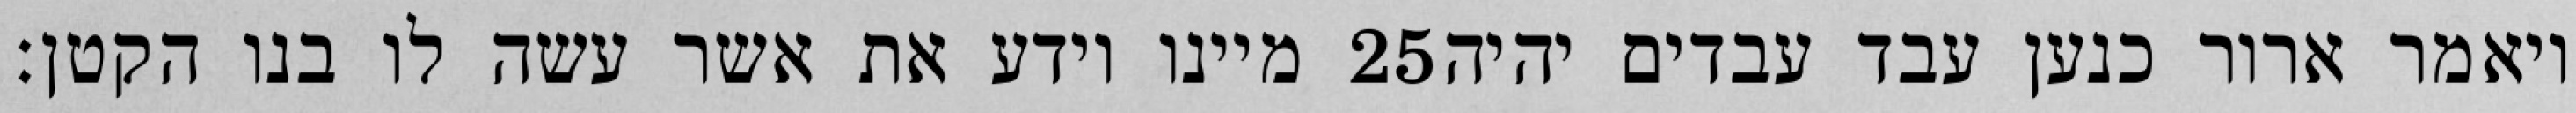
מיינו וידע את אשר עשה לו בנו הקטן׃ ‎25‏ ויאמר ארור כנען עבד עבדים יהיה